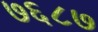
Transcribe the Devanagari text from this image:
७६८७